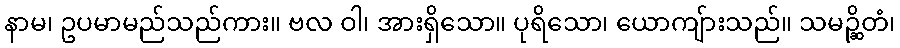
နာမ၊ ဥပမာမည်သည်ကား။ ဗလ ဝါ၊ အားရှိသော။ ပုရိသော၊ ယောကျ်ားသည်။ သမဉ္ဆိတံ၊